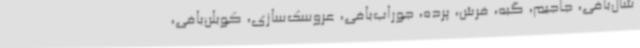
شال‌بافی، جاجیم، گبه، فرش، پرده، جوراب‌بافی، عروسک‌سازی، کوبلن‌بافی،